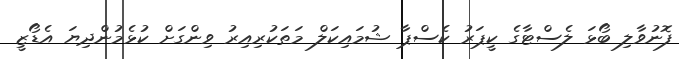
ފޮނުވާލި ބޯޅަ ލެސްޓާގެ ކީޕަރު ކެސްޕާ ޝުމައިކަލް މަތަކުރިއިރު ވިންގަށް ކުޅެމުންދިޔަ އެޑޯޒީ